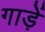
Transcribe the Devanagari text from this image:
गाड़ें